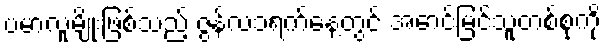
ဗမာလူမျိုးဖြစ်သည့် ဇွန်လ၁ရက်နေ့တွင် အောင်မြင်သူတစ်စုကို